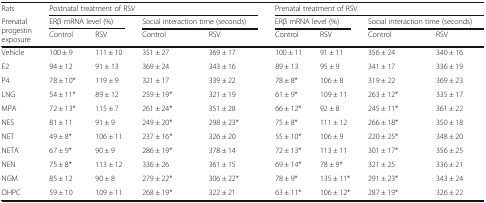
<table><thead><tr><td><b>Rats</b></td><td colspan="4"><b>Postnatal treatment of RSV</b></td><td colspan="4"><b>Prenatal treatment of RSV</b></td></tr><tr><td rowspan="2"><b>Prenatal progestin exposure</b></td><td colspan="2"><b>ERβ mRNA level (%)</b></td><td colspan="2"><b>Social interaction time (seconds)</b></td><td colspan="2"><b>ERβ mRNA level (%)</b></td><td colspan="2"><b>Social interaction time (seconds)</b></td></tr><tr><td><b>Control</b></td><td><b>RSV</b></td><td><b>Control</b></td><td><b>RSV</b></td><td><b>Control</b></td><td><b>RSV</b></td><td><b>Control</b></td><td><b>RSV</b></td></tr></thead><tbody><tr><td>Vehicle</td><td>100 ± 9</td><td>111 ± 10</td><td>351 ± 27</td><td>369 ± 17</td><td>100 ± 11</td><td>91 ± 11</td><td>356 ± 24</td><td>340 ± 16</td></tr><tr><td>E2</td><td>94 ± 12</td><td>91 ± 13</td><td>369 ± 24</td><td>343 ± 16</td><td>89 ± 13</td><td>95 ± 9</td><td>341 ± 17</td><td>336 ± 19</td></tr><tr><td>P4</td><td>78 ± 10*</td><td>119 ± 9</td><td>321 ± 17</td><td>339 ± 22</td><td>78 ± 8*</td><td>106 ± 8</td><td>319 ± 22</td><td>369 ± 23</td></tr><tr><td>LNG</td><td>54 ± 11*</td><td>89 ± 12</td><td>259 ± 19*</td><td>321 ± 19</td><td>61 ± 9*</td><td>109 ± 11</td><td>263 ± 12*</td><td>335 ± 17</td></tr><tr><td>MPA</td><td>72 ± 13*</td><td>115 ± 7</td><td>261 ± 24*</td><td>351 ± 28</td><td>66 ± 12*</td><td>92 ± 8</td><td>245 ± 11*</td><td>361 ± 22</td></tr><tr><td>NES</td><td>81 ± 11</td><td>91 ± 9</td><td>249 ± 20*</td><td>298 ± 23*</td><td>75 ± 8*</td><td>111 ± 12</td><td>266 ± 18*</td><td>350 ± 18</td></tr><tr><td>NET</td><td>49 ± 8*</td><td>106 ± 11</td><td>237 ± 16*</td><td>326 ± 20</td><td>55 ± 10*</td><td>106 ± 9</td><td>220 ± 25*</td><td>348 ± 20</td></tr><tr><td>NETA</td><td>67 ± 9*</td><td>90 ± 9</td><td>286 ± 19*</td><td>378 ± 14</td><td>72 ± 13*</td><td>113 ± 11</td><td>301 ± 17*</td><td>356 ± 25</td></tr><tr><td>NEN</td><td>75 ± 8*</td><td>113 ± 12</td><td>336 ± 26</td><td>361 ± 15</td><td>69 ± 14*</td><td>78 ± 9*</td><td>321 ± 25</td><td>336 ± 21</td></tr><tr><td>NGM</td><td>85 ± 12</td><td>90 ± 8</td><td>279 ± 22*</td><td>306 ± 22*</td><td>78 ± 9*</td><td>135 ± 11*</td><td>291 ± 23*</td><td>343 ± 24</td></tr><tr><td>OHPC</td><td>59 ± 10</td><td>109 ± 11</td><td>268 ± 19*</td><td>322 ± 21</td><td>63 ± 11*</td><td>106 ± 12*</td><td>287 ± 19*</td><td>326 ± 22</td></tr></tbody></table>